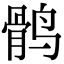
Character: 鹘